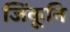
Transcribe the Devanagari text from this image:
जिंकूनि